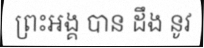
ព្រះអង្គ បាន ដឹង នូវ